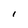
Character: l